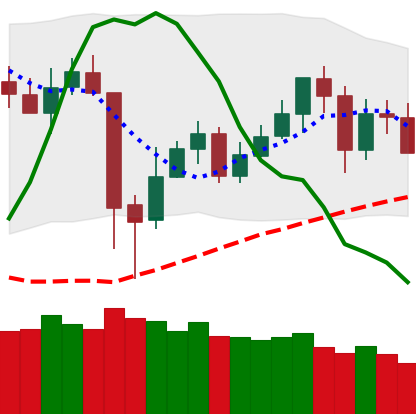
Ticker: BNB-USD
Chart end date: 2020-05-24
Forward return: 5.958%
Label: up_5_7